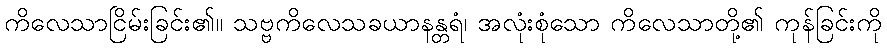
ကိလေသာငြိမ်းခြင်း၏။ သဗ္ဗကိလေသခယာနန္တရံ၊ အလုံးစုံသော ကိလေသာတို့၏ ကုန်ခြင်းကို